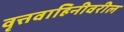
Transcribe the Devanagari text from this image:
वृत्तवाहिनीवरील